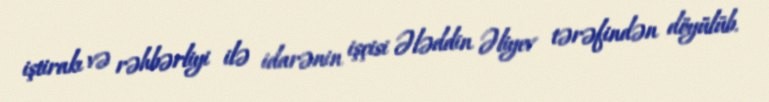
iştirakı və rəhbərliyi ilə idarənin işçisi Ələddin Əliyev tərəfindən döyülüb.